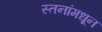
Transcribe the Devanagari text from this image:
स्तनांमधून